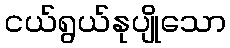
ငယ်ရွယ်နုပျိုသော